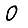
Digit: 0